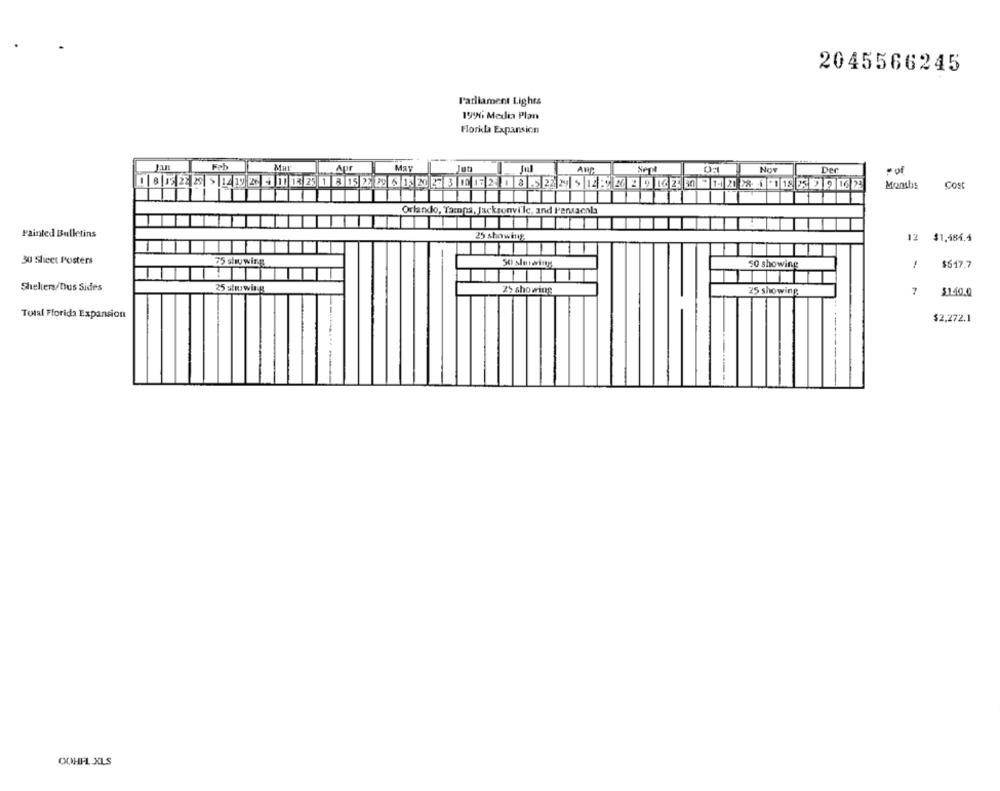
2045566245
Parliament Lights
1996 Media Plan
Florila Expansion
Jan
Feb
Mat
Aur
Ma:
01
Nov
Der
Months
Cost
Orlando, Tampa, Jacksonvi'le, and Pensaenla
Painted Bulletins
25 showing.
12
$1,484.4
30 Sheet Posters
75 showing
50 slowing
50 showing
-
$617.7
Shelters/Dus Sides
25 stuwing
2> showing
25 showing
7
$140.0
Total Florida Expansion
$2,272.1
OOHFL XLS